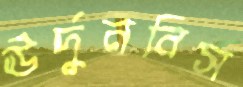
ঊর্দুনবিস